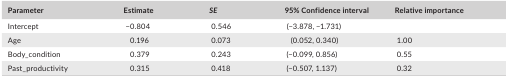
<table><thead><tr><td><b>Parameter</b></td><td><b>Estimate</b></td><td><b><i>SE</i></b></td><td><b>95% Confidence interval</b></td><td><b>Relative importance</b></td></tr></thead><tbody><tr><td>Intercept</td><td>−0.804</td><td>0.546</td><td>(−3.878, −1.731)</td><td></td></tr><tr><td>Age</td><td>0.196</td><td>0.073</td><td>(0.052, 0.340)</td><td>1.00</td></tr><tr><td>Body_condition</td><td>0.379</td><td>0.243</td><td>(−0.099, 0.856)</td><td>0.55</td></tr><tr><td>Past_productivity</td><td>0.315</td><td>0.418</td><td>(−0.507, 1.137)</td><td>0.32</td></tr></tbody></table>